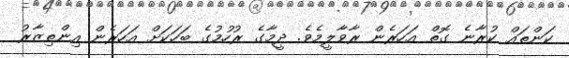
ކަންތައް ކުރާނެ ގޮތް އަހަރެން ރާވާލީމެވެ. ދީމާގެ ރުހުމުގެ ބަހަކަށް އަހަރެން އިންތިޒާރު